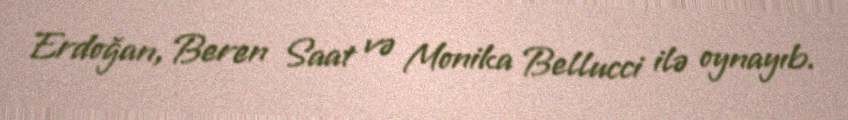
Erdoğan, Beren Saat və Monika Bellucci ilə oynayıb.